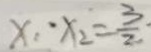
x _ { 1 } \cdot x _ { 2 } = \frac { 3 } { 2 }